Insane asylums in Bengal annual reports 1867-1875 - 1867-1875
Year: 1867
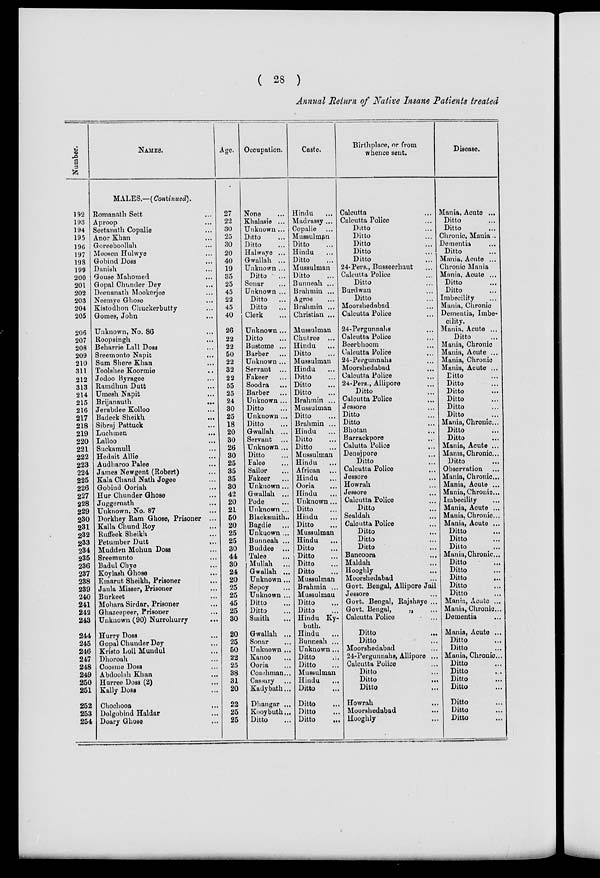
( 28 )
Annual Return of Native Insane Patients treated
Numbe r
.
192
193
194
195
196
197
198
199
200
201
202
203
204
205
206
207
208
209
210
311
212
313
214
215
216
217
218
219
220
221
222
223
224
225
226
227
228
229
230
231
232
233
234
235
236
237
238
239
240
241
242
243
244
245
246
247
248
249
250
251
252
253
254
NAMES.
MALES.—(Continued).
Romanath Sett ...
Aproop ...
Seetanath Copalie ...
Anor Khan ...
Goreeboollah ...
Moosen Hulwye ...
Gobind Doss ...
Danish ...
Gouse Mahomed ...
Gopal Chunder Dey ...
Deenanath Mookerjee ...
Neemye Ghose ...
Kistodhon Chuckerbutty ...
Gomes, John ...
Unknown, No. 86 ...
Roopsingh ...
Beharrie Lall Doss ...
Sreemonto Napit ...
Sum Shere Khan ...
Toolshee Koormie ...
Jodoo Byragee ...
Ramdhun Dutt ...
Umesh Napit ...
Brijanauth
...
Jerabdee Kolloo ...
Badeck Sheikh
...
Sibraj Pattuck ...
Luchmen
...
Lalloo ...
Suckamull ...
Hedait Allie ...
Audharoo Palee ...
James Newgent (Robert) ...
Kala Chand Nath Jogee ...
Gobind Ooriah ...
Hur Chunder Ghose ...
Juggernath
...
Unknown, No. 87 ...
Dorkhey Ram Ghose, Prisoner ...
Kalla Chund Roy ...
Ruffeek Sheikh ...
Petumber Dutt
...
Mudden Mohun Doss ...
Sreemunto ...
Badul Chye ...
Koylash Ghose ...
Emarut Sheikh, Prisoner ...
Jaula Misser, Prisoner ...
Burkeet ...
Mohara Sirdar, Prisoner ...
Ghazeepeer, Prisoner ...
Unknown (90) Nurrohurry ...
Hurry Doss ...
Gopal Chunder Dey ...
Kristo Loll Mundul ...
Dhoroah ...
Coosme Doss ...
Abdoolah Khan ...
Hurree Doss (2) ...
Kally Doss ...
Chochooa ...
Dolgobind Haldar ...
Doary Ghose ...
Age.
27
22
30
25
30
20
40
19
35
25
45
22
45
40
26
22
22
50
22
32
22
55
25
24
30
25
18
20
30
26
30
25
35
35
30
42
20
21
50
20
25
25
30
44
30
24
20
25
25
45
25
30
20
25
50
22
25
38
31
20
22
25
25
Occupation.
None ...
Khalasie ...
Unknown ...
Ditto ...
Ditto ...
Halwaye ...
Gwallah ...
Unknown ...
Ditto
...
Sonar ...
Unknown ...
Ditto
...
Ditto
...
Clerk ...
Unknown ...
Ditto ...
Bustome ...
Barber ...
Unknown ...
Servant ...
Fakeer ...
Soodra ...
Barber ...
Unknown ...
Ditto ...
Unknown...
Ditto ...
Gwallah. ...
Servant ...
Unknown ...
Ditto ...
Palee ...
Sailor ...
Fakeer ...
Unknown...
Gwallah ...
Pode ...
Unknown ...
Blacksmith..
Bagdie ...
Unknown ...
Bunneah ...
Buddee ...
Talee ...
Mullah
...
Gwallah ...
Unknown ...
Sepoy ...
Unknown ...
Ditto ...
Ditto ...
Smith ...
Gwallah ...
Sonar ...
Unknown ...
Kanoo ...
Ooria ...
Coachman...
Cassury ...
Kadybath...
Dhangar ...
Kooybuth...
Ditto ...
Caste.
Hindu ...
Madrassy ...
Copalie ...
Mussulman
Ditto ...
Hindu ...
Ditto ...
Mussulman
Ditto ...
Bunneah ...
Brahmin ...
Agroe ...
Brahmin ...
Christian ...
Mussulman
Chutree ...
Hindu ...
Ditto ...
Mussulman
Hindu ...
Ditto ...
Ditto ...
Ditto ...
Brahmin ...
Mussulman
Ditto ...
Brahmin ...
Hindu ...
Ditto ...
Ditto ...
Mussulman
Hindu ...
African ...
Hindu ...
Ooria ...
Hindu ...
Unknown ...
Ditto ...
Hindu ...
Ditto ...
Mussulman
Hindu ...
Ditto ...
Ditto ...
Ditto ...
Ditto ...
Mussulman
Brahmin ...
Mussulman
Ditto ...
Ditto ...
Hindu Ky-
buth.
Hindu ...
Bunneah ...
Unknown...
Ditto ...
Ditto ...
Mussulman
Hindu ...
Ditto ...
Ditto ...
Ditto ...
Ditto
...
Birthplace, or from
whence sent.
Calcutta ...
Calcutta Police ...
Ditto ...
Ditto ...
Ditto ...
Ditto ...
Ditto ...
24 Pers., Busseerhaut ...
Calcutta Police ...
Ditto ...
Burdwan ...
Ditto ...
Moorshedabad ...
Calcutta Police ...
24-Pergunnahs ...
Calcutta Police ...
Beerbhoom ...
Calcutta Police ...
24-Pergunnahs ...
Moorshedabad ...
Calcutta Police ...
24-Pers., Allipore ...
Ditto ...
Calcutta Police ...
Jessore ...
Ditto ...
Ditto ...
Bhotan ...
Barrackpore ...
Calutta Police ...
Denajpore ...
Ditto ...
Calcutta Police ...
Jessore ...
Howrah ...
Jessore ...
Calcutta Police ...
Ditto ...
Sealdah ...
Calcutta Police ...
Ditto ...
Ditto ...
Ditto ...
Bancoora ...
Maldah ...
Hooghly ...
Moorshedabad ...
Govt. Bengal, Allipore Jail
Jessore ...
Govt. Bengal, Rajshaye ...
Govt. Bengal,
„ ...
Calcutta Police ...
Ditto
...
Ditto ...
Moorshedabad ...
24-Pergunnahs, Allipore ...
Calcutta Police ...
Ditto ...
Ditto
...
Ditto ...
Howrah ...
Moorshedabad ...
Hooghly ...
Disease.
Mania, Acute ...
Ditto ...
Ditto ...
Chronic, Mania ...
Dementia ...
Ditto ...
Mania, Acute ...
Chronic Mania
Mania, Acute ...
Ditto ...
Ditto ...
Imbecility ...
Mania, Chronic
Dementia, Imbe-
cility.
Mania, Acute ...
Ditto ...
Mania, Chronic
Mania, Acute ...
Mania, Chronic
Mania, Acute ...
Ditto ...
Ditto ...
Ditto ...
Ditto ...
Ditto ...
Ditto ...
Mania, Chronic...
Ditto ...
Ditto ...
Mania, Acute ...
Mania, Chronic...
Ditto ...
Observation ...
Mania, Chronic. ...
Mania, Acute ...
Mania, Chronic...
Imbecility ...
Mania, Acute ...
Mania, Chronic...
Mania, Acute ...
Ditto ...
Ditto ...
Ditto ...
Mania, Chronic...
Ditto ...
Ditto ...
Ditto ...
Ditto ...
Ditto ...
Mania, Acute ...
Mania, Chronic..
Dementia ...
Mania, Acute ...
Ditto ...
Ditto ...
Mania, Chronic...
Ditto ...
Ditto ...
Ditto ...
Ditto ...
Ditto ...
Ditto ...
Ditto ...